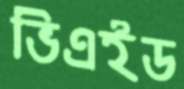
ভিএইড